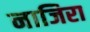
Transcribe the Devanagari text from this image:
नाजिरा